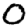
Digit: 0